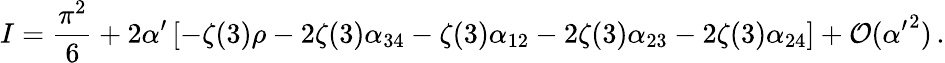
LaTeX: I=\frac{\pi^{2}}{6}+2\alpha^{\prime}\left[-\zeta(3)\rho-2\zeta(3)\alpha_{34}-\zeta(3)\alpha_{12}-2\zeta(3)\alpha_{23}-2\zeta(3)\alpha_{24}\right]+{\cal O}({\alpha^{\prime}}^{2})\, .